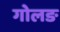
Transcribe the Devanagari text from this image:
गोलङ